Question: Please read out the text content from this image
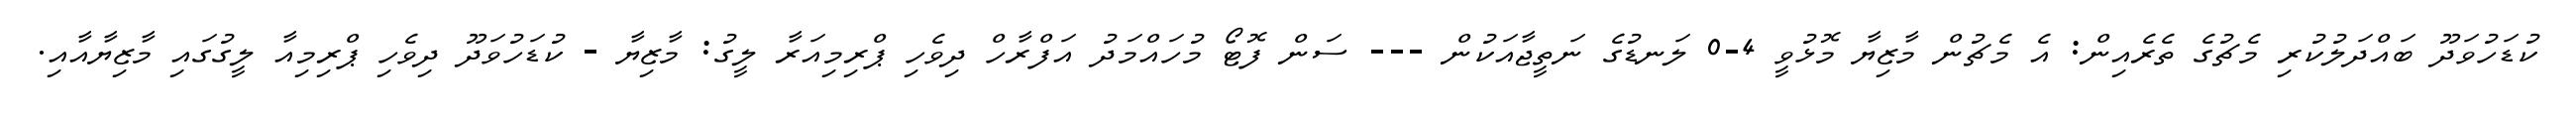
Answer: ކުޑަހުވަދޫ ބައްދަލުކުރި މެޗުގެ ތެރެއިން: އެ މެޗުން މާޒިޔާ މޮޅުވީ 4-0 ލަނޑުގެ ނަތީޖާއަކުން --- ސަން ފޮޓޯ މުހައްމަދު އަފްރާހް ދިވެހި ޕްރިމިއަރާ ލީގު: މާޒިޔާ - ކުޑަހުވަދޫ ދިވެހި ޕްރިމިއާ ލީގުގައި މާޒިޔާއާއި.